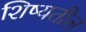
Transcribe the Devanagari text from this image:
शिष्यतील